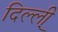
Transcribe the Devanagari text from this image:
दिल्ली्